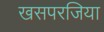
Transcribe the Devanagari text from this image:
खसपरजिया